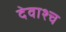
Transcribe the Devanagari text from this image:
देवाश्च